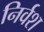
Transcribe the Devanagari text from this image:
निर्वश